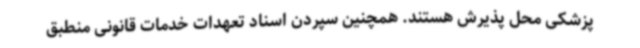
پزشکی محل پذیرش هستند. همچنین سپردن اسناد تعهدات خدمات قانونی منطبق